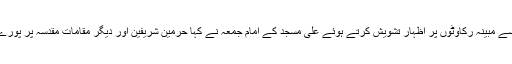
ایرانی عازمین حج کے لئے سعودی حکومت کی طرف سے مبینہ رکاوٹوں پر اظہار تشویش کرتے ہوئے علی مسجد کے امام جمعہ نے کہا حرمین شریفین اور دیگر مقامات مقدسہ پر پورے عالم اسلام کا حق ہے یہ سعودی عرب کی ملکیت نہیں۔